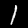
Digit: 1